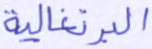
البرتغالية